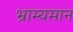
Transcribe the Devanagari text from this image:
भ्राम्यमान